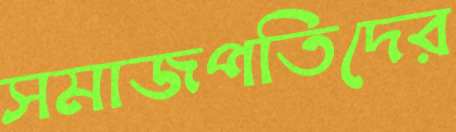
সমাজপতিদের